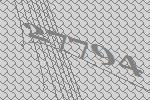
27794